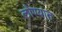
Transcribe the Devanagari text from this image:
लोण्यात